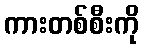
ကားတစ်စီးကို